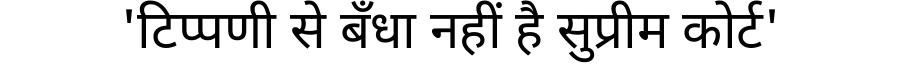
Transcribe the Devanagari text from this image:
'टिप्पणी से बँधा नहीं है सुप्रीम कोर्ट'